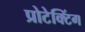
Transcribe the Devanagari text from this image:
प्रोटेक्टिंग